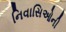
નિવાસિઓની